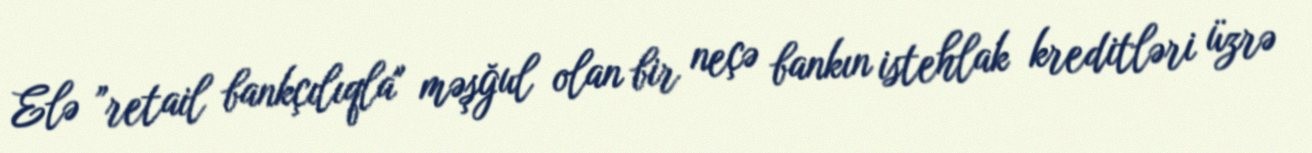
Elə ”retail bankçılıqla" məşğul olan bir neçə bankın istehlak kreditləri üzrə